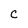
Character: C